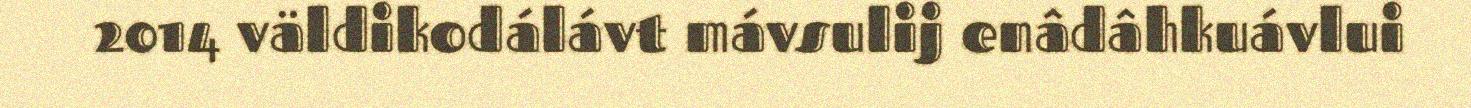
2014 väldikodálávt mávsulij enâdâhkuávlui